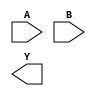
module sky130_fd_sc_hdll__nor2 (
    //# {{data|Data Signals}}
    input  A,
    input  B,
    output Y
);

    // Voltage supply signals
    supply1 VPWR;
    supply0 VGND;
    supply1 VPB ;
    supply0 VNB ;

endmodule